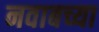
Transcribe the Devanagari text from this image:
नवाबच्या